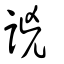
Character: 𧧗